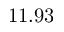
1 1 . 9 3